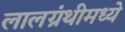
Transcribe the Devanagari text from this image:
लालग्रंथीमध्ये